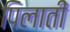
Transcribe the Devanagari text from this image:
पिलातीं